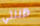
ظننتي